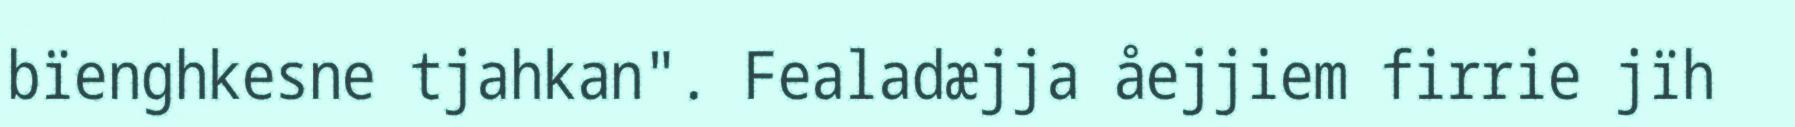
bïenghkesne tjahkan". Fealadæjja åejjiem firrie jïh